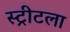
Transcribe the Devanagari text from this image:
स्ट्रीटला